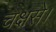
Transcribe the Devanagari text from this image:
चक्षसे।